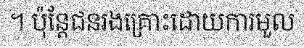
។ ប៉ុន្តែជនរងគ្រោះដោយការមួល